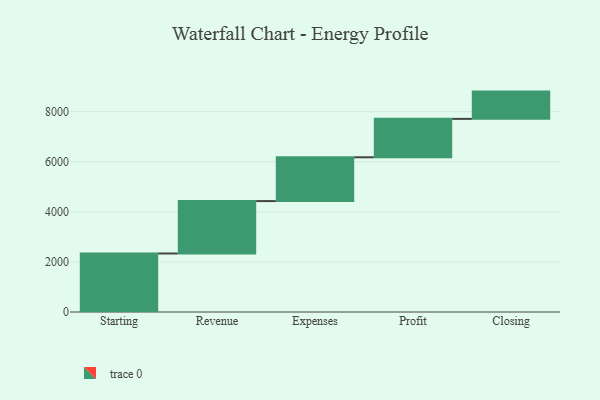
{"axis": {"x": "Step", "y": "Value"}, "legend": [""], "data": [{"x": "Starting", "y": 2337.0, "type": ""}, {"x": "Revenue", "y": 2092.0, "type": ""}, {"x": "Expenses", "y": 1749.0, "type": ""}, {"x": "Profit", "y": 1534.0, "type": ""}, {"x": "Closing", "y": 1089.0, "type": ""}]}